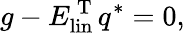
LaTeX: g-E_{\mathrm{lin}}^{\mathrm{~T~}}q^{*}=0,